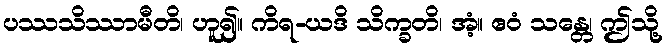
ပဿသိဿာမီတိ၊ ဟူ၍။ ကိရ-ယဒိ သိက္ခတိ၊ အံ့။ ဧဝံ သန္တေ၊ ဤသို့